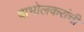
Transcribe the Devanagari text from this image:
दाभोलकरांची